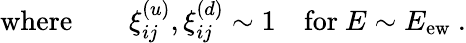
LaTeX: \mathrm{where}\qquad{\xi}_{ij}^{(u)},{\xi}_{ij}^{(d)}\sim 1\quad\mathrm{{for}}\ E\sim E_{\mathrm{ew}}\ .